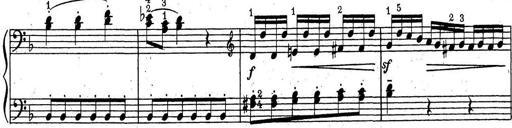
Title: ÄŒeskÃ© Sonatiny
Composer: Various